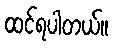
ထင်ရပါတယ်။